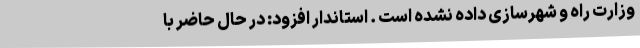
وزارت راه و شهرسازی داده نشده است . استاندار افزود: در حال حاضر با